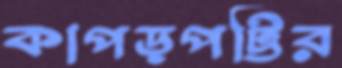
কাপড়পট্টির